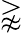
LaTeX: \gnapprox